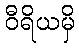
ဝီရိယမှိ